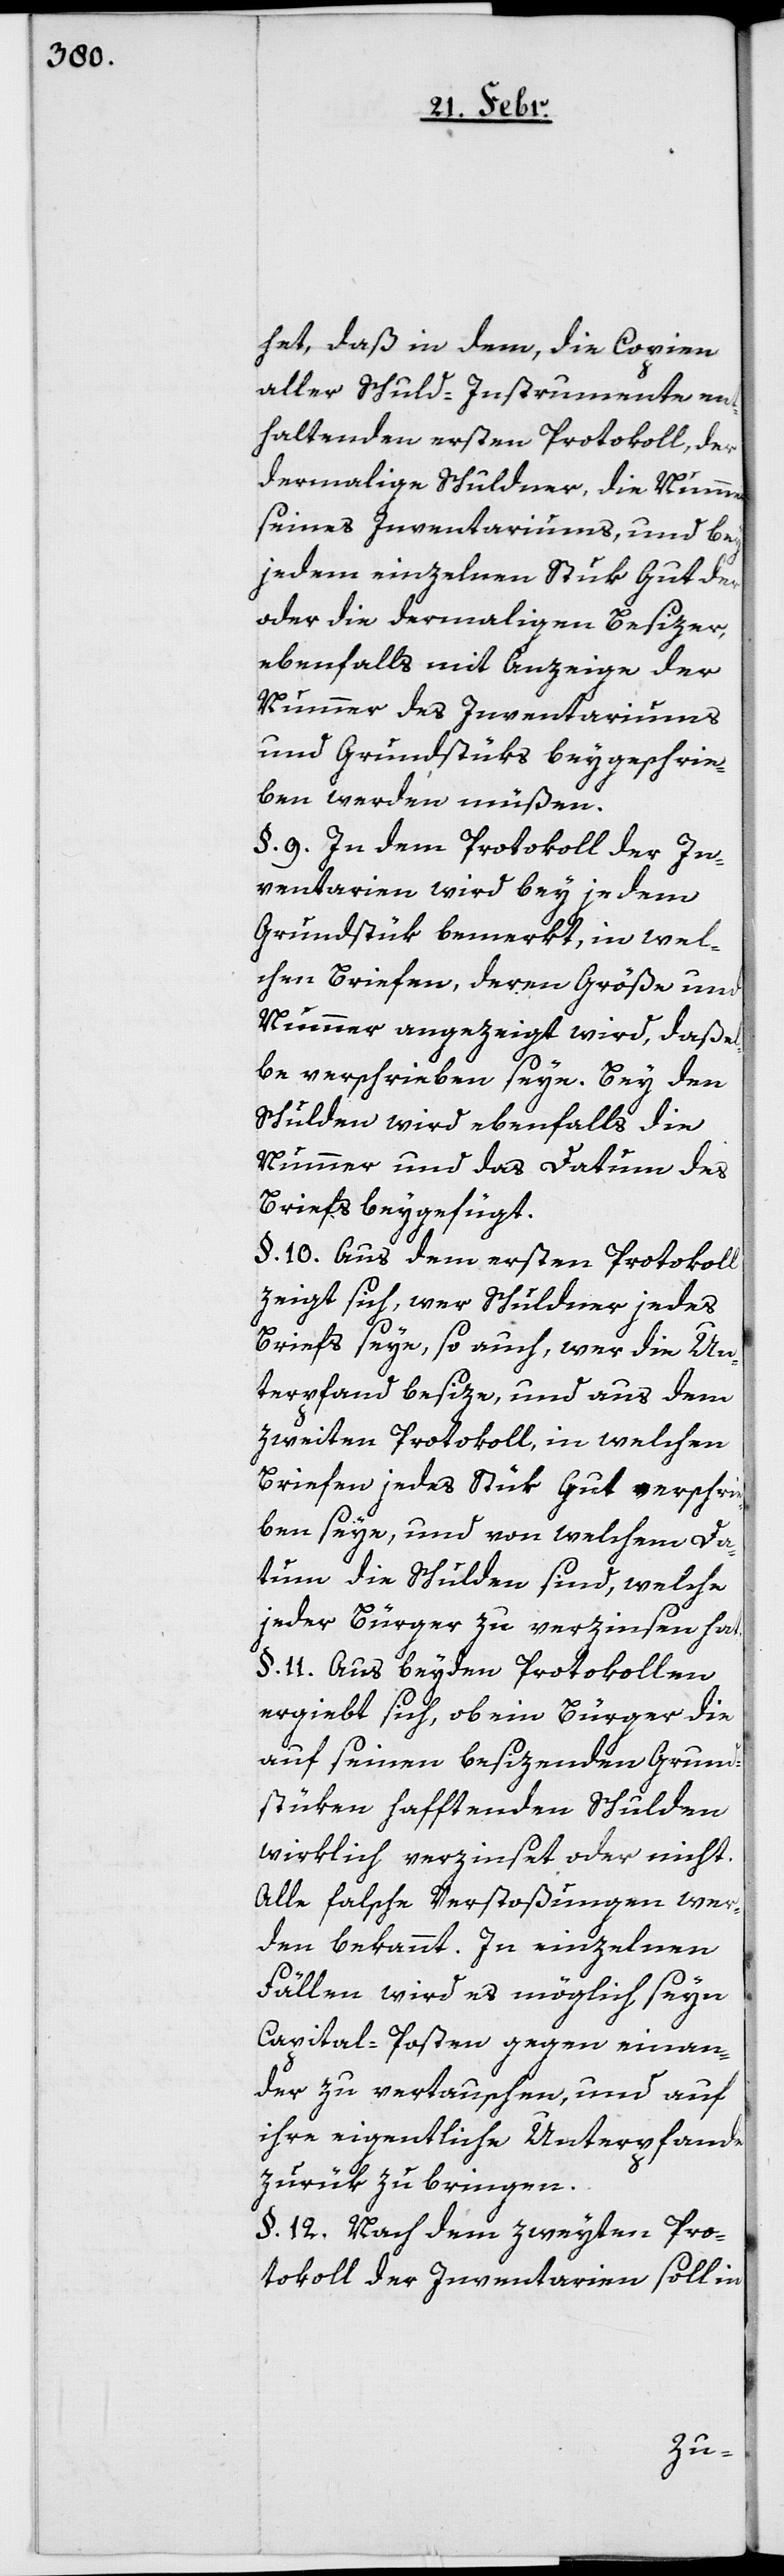
het, daß in dem, die Copien
aller Schuld-Instrumente en¬
thaltenden ersten Protokoll, der
dermalige Schuldner, die Nummer
seines Inventariums, und bey
jedem einzelnen Stuk Gut der
oder die dermaligen Besizer,
ebenfalls mit Anzeige der
Nummer des Inventariums
und Grundstüks beygeschrie¬
ben werden müßen.
§. 9. In dem Protokoll der In¬
ventarien wird bey jedem
Grundstük bemerkt, in wel¬
chen Briefen, deren Größe und
Nummer angezeigt wird, daßel¬
be verschrieben seye. Bey den
Schulden wird ebenfalls die
Nummer und das Datum das
Briefs beygefügt.
§. 10. Aus dem ersten Protokoll
zeigt sich, wer Schuldner jedes
Briefs seye, so auch, wer die Un¬
terpfand besize, und aus dem
zweiten Protokoll, in welchen
Briefen jedes Stück Gut verschrie¬
ben seye, und von welchem Da¬
tum die Schulden sind, welche
jeder Bürger zu verzinsen hat.
§. 11. Aus beyden Protokollen
ergiebt sich, ob ein Bürger die
auf seinen besizenden Grund¬
stüken haftenden Schulden
wirklich verzinset oder nicht.
Alle falsche Verstoßungen wer¬
den bekannt. In einzelnen
Fällen wird es möglich seyn
Capital-Posten gegen einan¬
der zu vertauschen, und auf
ihre eigentliche Unterpfande
zurük zu bringen.
§. 12. Nach dem zweyten Pro¬
tokoll der Inventarien soll in